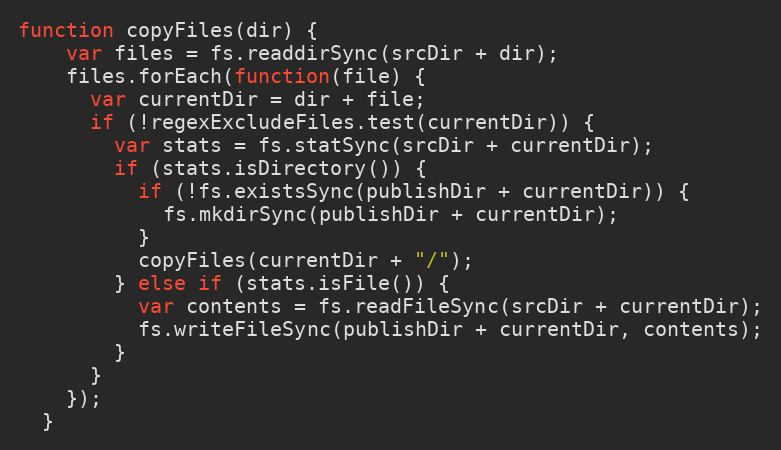
Language: JavaScript
function copyFiles(dir) {
    var files = fs.readdirSync(srcDir + dir);
    files.forEach(function(file) {
      var currentDir = dir + file;
      if (!regexExcludeFiles.test(currentDir)) {
        var stats = fs.statSync(srcDir + currentDir);
        if (stats.isDirectory()) {
          if (!fs.existsSync(publishDir + currentDir)) {
            fs.mkdirSync(publishDir + currentDir);
          }
          copyFiles(currentDir + "/");
        } else if (stats.isFile()) {
          var contents = fs.readFileSync(srcDir + currentDir);
          fs.writeFileSync(publishDir + currentDir, contents);
        }
      }
    });
  }